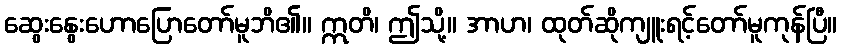
ဆွေးနွေးဟောပြောတော်မူဘိ၏။ ဣတိ၊ ဤသို့။ အာဟ၊ ထုတ်ဆိုကျူးရင့်တော်မူကုန်ပြီ။